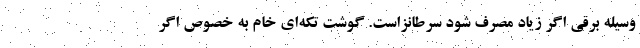
وسیله برقی اگر زیاد مصرف شود سرطانزاست. گوشت تکه‌ای خام به خصوص اگر